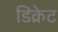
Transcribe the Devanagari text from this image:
डिक्रेट